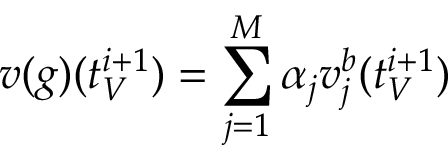
v ( g ) ( t _ { V } ^ { i + 1 } ) = \sum _ { j = 1 } ^ { M } \alpha _ { j } v _ { j } ^ { b } ( t _ { V } ^ { i + 1 } )